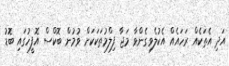
އަދި އެތަކެއް ރަހައެއް އެކުލެވިގެންވާ މަޖާ ފިލްމުތަކަކަށް ވުމުން ބޮކްސް އޮފީހުގައި ބޮޑު